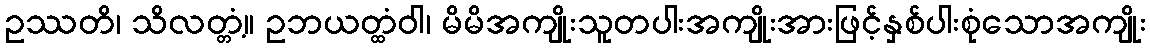
ဥဿတိ၊ သိလတ္တံ့။ ဥဘယတ္ထံဝါ၊ မိမိအကျိုးသူတပါးအကျိုးအားဖြင့်နှစ်ပါးစုံသောအကျိုး